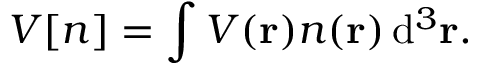
V [ n ] = \int V ( \mathbf { r } ) n ( \mathbf { r } ) \, \mathrm { d } ^ { 3 } \mathbf { r } .